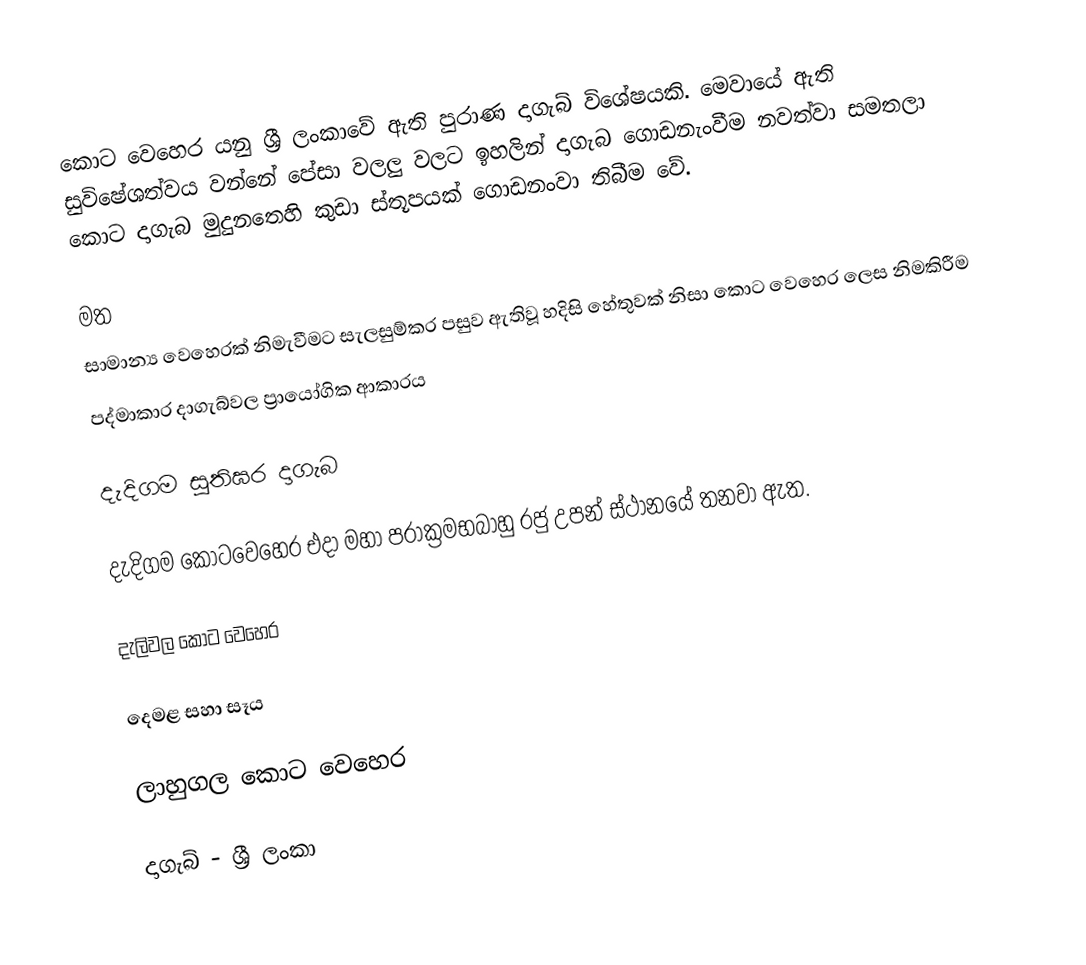
කොට වෙහෙර යනු ශ්‍රී ලංකාවේ ඇති පුරාණ දාගැබ් විශේෂයකි. මෙවායේ ඇති සුවිෂේශත්වය වන්නේ පේසා වලලු වලට ඉහලින් දාගැබ ගොඩනැංවීම නවත්වා සමතලා කොට දාගැබ මුදුනතෙහි කුඩා ස්තූපයක් ගොඩනංවා තිබීම වේ.

මත
 සාමාන්‍ය වෙහෙරක් නිමැවීමට සැලසුම්කර පසුව ඇතිවූ හදිසි හේතුවක් නිසා කොට වෙහෙර ලෙස නිමකිරීම
 පද්මාකාර දාගැබ්වල ප්‍රායෝගික ආකාරය

දැදිගම සූතිඝර දාගැබ

දැදිගම කොටවෙහෙර එදා මහා පරාක්‍රමභබාහු රජු උපන් ස්ථානයේ තනවා ඇත.

දැලිවල කොට වෙහෙර

දෙමළ සහා සෑය

ලාහුගල කොට වෙහෙර

දාගැබ් - ශ්‍රී ලංකා